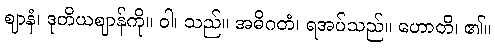
ဈာနံ၊ ဒုတိယဈာန်ကို။ ဝါ၊ သည်။ အဓိဂတံ၊ ရအပ်သည်။ ဟောတိ၊ ၏။